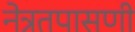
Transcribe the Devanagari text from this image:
नेत्रतपासणी